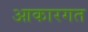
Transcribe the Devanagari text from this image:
आकारगत